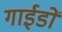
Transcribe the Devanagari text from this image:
गाईडों